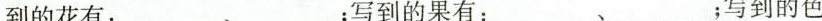
到的花有：___、___；写到的果有：___、___；写到的色